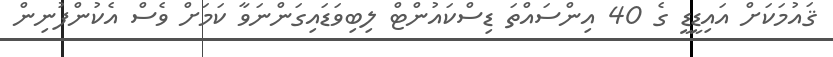
ޤައުމަކަށް އައިޑީޑީ ގެ 40 އިންސައްތަ ޑިސްކައުންޓް ލިބިވަޑައިގަންނަވާ ކަމަށް ވެސް އެކުންފުނިން